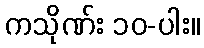
ကသိုဏ်း ၁၀-ပါး။